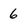
Character: 6